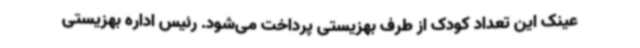
عینک این تعداد کودک از طرف بهزیستی پرداخت می‌شود. رئیس اداره بهزیستی